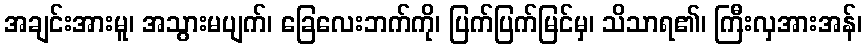
အချင်းအားမူ၊ အသွားမပျက်၊ ခြေလေးဘက်ကို၊ ပြက်ပြက်မြင်မှ၊ သိသာရ၏၊ ကြီးလှအားအန်၊